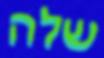
שלה